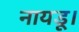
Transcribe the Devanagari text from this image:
नायडू।